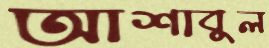
আশাবুল